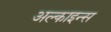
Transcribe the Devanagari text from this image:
अल्काइन्स